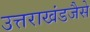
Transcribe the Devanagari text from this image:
उत्तराखंडजैसे